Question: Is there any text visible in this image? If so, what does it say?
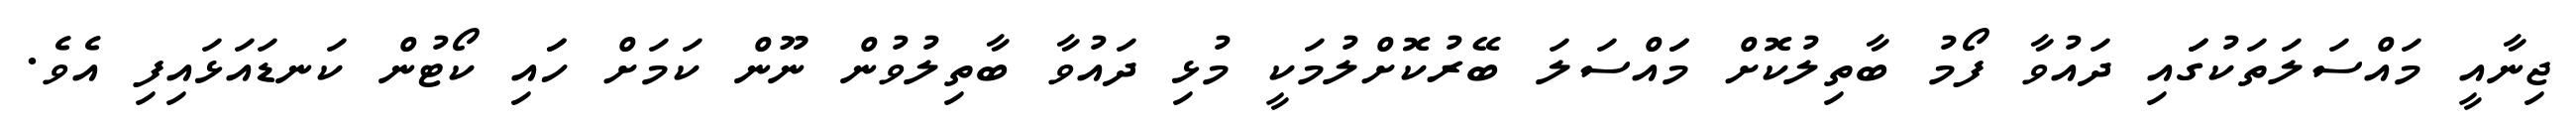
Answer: ޖިނާއީ މައްސަލަތަކުގަައި ދައުވާ ފޯމު ބާތިލުކޮށް މަައްސަލަ ބޭރުކޮށްލުމަކީ މުޅި ދައުވާ ބާތިލުވުން ނޫން ކަމަށް ހަައި ކޯޓުން ކަނޑައަޅައިފި އެވެ.